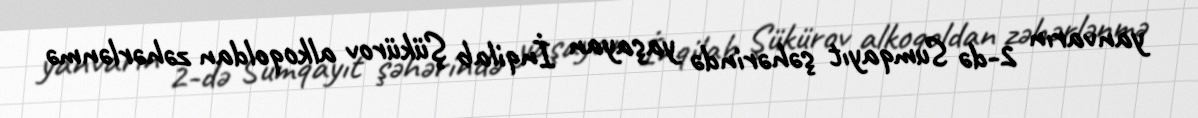
yanvarın 2-də Sumqayıt şəhərində yaşayan İnqilab Şükürov alkoqoldan zəhərlənmə